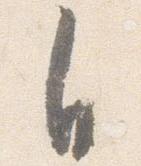
自